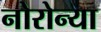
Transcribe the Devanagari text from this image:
नोरोन्या